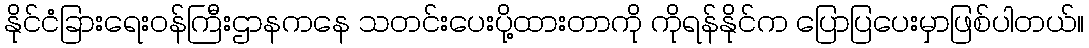
နိုင်ငံခြားရေးဝန်ကြီးဌာနကနေ သတင်းပေးပို့ထားတာကို ကိုရန်နိုင်က ပြောပြပေးမှာဖြစ်ပါတယ်။